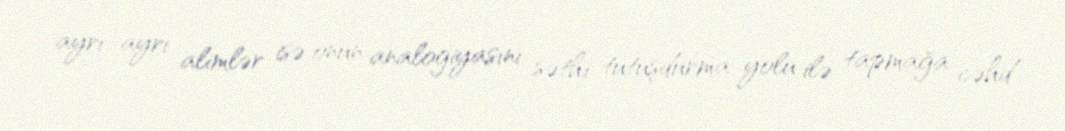
ayrı–ayrı alimlər isə onun analogiyasını səthi tutuşdurma yolu ilə tapmağa cəhd